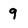
Character: 9